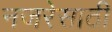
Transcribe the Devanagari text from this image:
नजरेसाठी